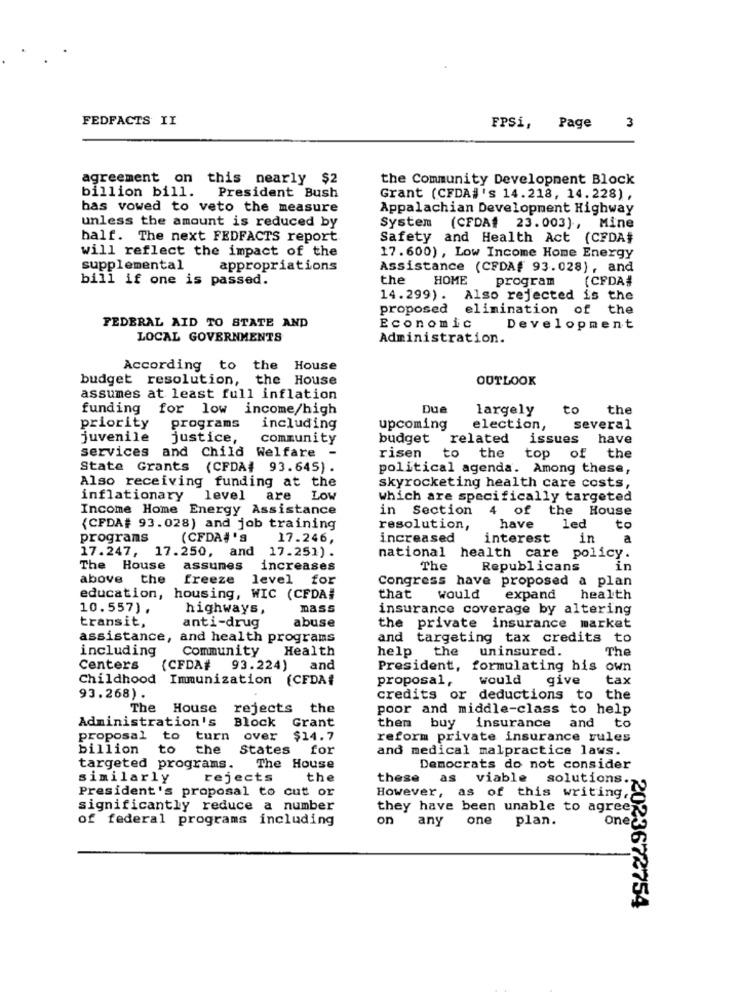
FEDFACTS II
FPSi,
Page
3
agreement on this nearly $2
the Community Development Block
billion bill.
President Bush
Grant (CFDA#'s 14.218, 14.228),
has vowed to veto the measure
Appalachian Development Highway
unless the amount is reduced by
System (CFDA# 23.003), Mine
half. The next FEDFACTS report
Safety and Health Act (CFDA#
will reflect the impact of the
17.600) , Low Income Home Energy
supplemental
appropriations
Assistance (CFDA# 93.028), and
bill if one is passed.
the
HOME
program
(CFDA#
14.299). Also rejected is the
proposed
elimination of the
FEDERAL AID TO STATE AND
Economic
Development
LOCAL GOVERNMENTS
Administration.
According to the House
budget resolution, the House
OUTLOOK
assumes at least full inflation
funding for low income/high
Due
largely
to
the
priority
programs
including
upcoming
election, several
juvenile
justice,
community
budget related issues have
services and Child Welfare
to
risen
the
top of the
State Grants
(CFDA# 93.645) .
political agenda. Among these,
Also receiving funding at the
skyrocketing health care costs,
inflationary level are
Low
which are specifically targeted
Income Home Energy Assistance
in Section
4
of the House
(CFDA# 93.028) and job training
resolution,
have
1ed
to
programs
(CFDA#'s
17.246
increased
interest
in
a
17.247, 17.250, and 17.251).
national health care policy.
The House
assumes
increases
The
Republicans
in
above
the
freeze
level
for
Congress have proposed a plan
education, housing, WIC (CFDA#
that
would
expand
health
10.557).
highways,
mass
insurance coverage by altering
transit,
abuse
anti-drug
the private insurance market
assistance, and health programs
and targeting tax credits to
including
Community
Health
help the
uninsured.
The
Centers
(CFDA# 93.224)
and
President, formulating his own
Childhood Immunization (CFDA{
proposal,
would
give
tax
93.268).
credits or deductions to the
The House
rejects the
poor and middle-class to help
Administration's
Block Grant
them buy insurance and to
proposal to turn over $14.7
reform private insurance rules
billion to
the
States
for
and medical malpractice laws.
targeted programs.
The House
Democrats do not consider
similarly
rejects
the
these
President's proposal to cut or
as viable solutions.7g
However, as of this writing,
significantly reduce a number
they have been unable to agree
of federal programs including
on any
one
plan.
one
2023672754